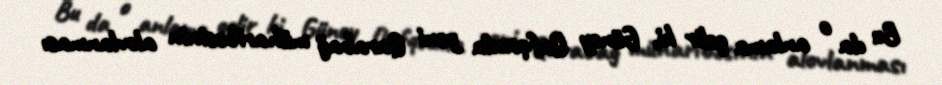
Bu da o anlama gəlir ki, Güney Qafqazda yeni Qarabağ müharibəsinin alovlanması